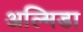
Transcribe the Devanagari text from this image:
अल्मिडा